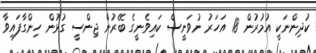
ކުދިންނަކީ އުމުރުން 18 އަހަރު ނުވަނީސް ކައިވެނީގެ ބޭރުން ޖިންސީ ގުޅުން ހިންގާފައިވާ